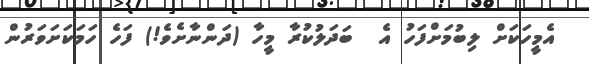
އެމީހަކަށް ލިބުމަށްފަހު އެ  ބަދަލުކުރާ މީހާ (ދަންނާށެވެ!) ފަހެ ހަމަކަށަވަރުން